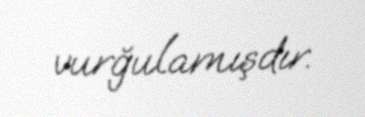
vurğulamışdır.